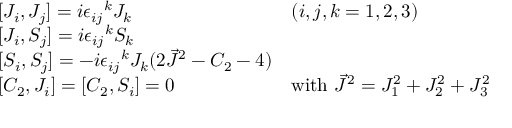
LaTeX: \begin{array} { l l } { { { [ } J _ { i } , J _ { j } ] = i { \epsilon _ { i j } } ^ { k } J _ { k } } } & { { ( i , j , k = 1 , 2 , 3 ) } } \\ { { { [ } J _ { i } , S _ { j } ] = i { \epsilon _ { i j } } ^ { k } S _ { k } } } & { { } } \\ { { { [ } S _ { i } , S _ { j } ] = - i { \epsilon _ { i j } } ^ { k } J _ { k } ( 2 \vec { J } ^ { 2 } - C _ { 2 } - 4 ) } } & { { } } \\ { { { [ } C _ { 2 } , J _ { i } ] = [ C _ { 2 } , S _ { i } ] = 0 } } & { { \mathrm { w i t h ~ } \vec { J } ^ { 2 } = J _ { 1 } ^ { 2 } + J _ { 2 } ^ { 2 } + J _ { 3 } ^ { 2 } } } \end{array}